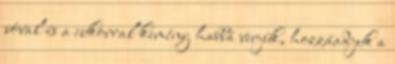
sóval és a cukorral kemény habbá verjük, hozzáadjuk a